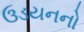
ઉડયનનો